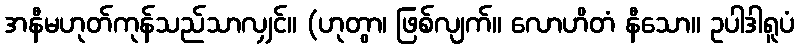
အနီမဟုတ်ကုန်သည်သာလျှင်။ (ဟုတွာ၊ ဖြစ်လျက်။ လောဟိတံ နီသော။ ဥပါဒါရူပံ